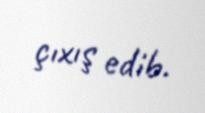
çıxış edib.